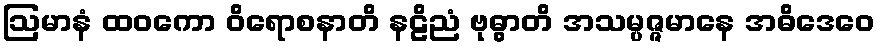
ဩမာနံ ထဝကော ဝိရောစနာတိ နဠိညံ ဗုဓွာတိ အသမ္ပဇ္ဇမာနေ အဓိဒေဝေ